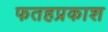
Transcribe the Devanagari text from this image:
फतहप्रकाश